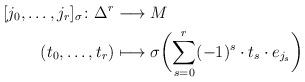
LaTeX: \begin{align*} [j_0, \dots, j_r]_\sigma \colon \Delta^r & \longrightarrow M \\ (t_0, \dots, t_r) & \longmapsto \sigma \biggl(\sum_{s=0}^r (-1)^s \cdot t_s \cdot e_{j_s}\biggr) \end{align*}